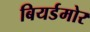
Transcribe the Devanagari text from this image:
बियर्डमोर